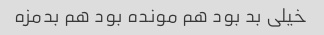
خیلی بد بود هم مونده بود هم بدمزه